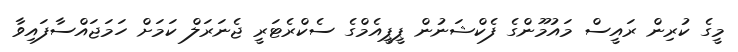
މީގެ ކުރިން ރައީސް މައުމޫންގެ ފެކްޝަނުން ޕީޕީއެމްގެ ސެކްރެޓަރީ ޖެނަރަލް ކަމަށް ހަމަޖައްސާފައިވާ